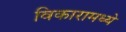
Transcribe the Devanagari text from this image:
विकारामध्ये